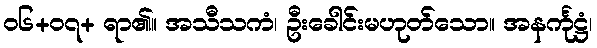
၀၆+၀၇+ ရာ၏။ အသီသကံ၊ ဦးခေါင်းမဟုတ်သော။ အနင်္ကုဋ္ဌံ၊